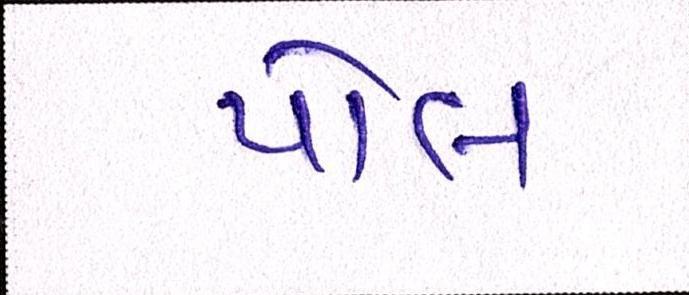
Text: પોલ